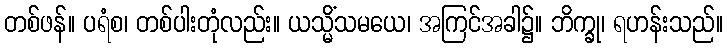
တစ်ဖန်။ ပရံစ၊ တစ်ပါးတုံလည်း။ ယသ္မိံသမယေ၊ အကြင်အခါ၌။ ဘိက္ခု၊ ရဟန်းသည်။